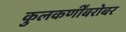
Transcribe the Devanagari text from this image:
कुलकर्णींबरोबर